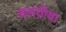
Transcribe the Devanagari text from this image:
जलग्रीवा